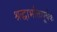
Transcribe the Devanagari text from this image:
श्रद्धाभक्तिपूर्वक